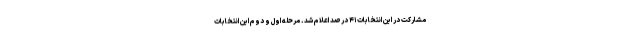
مشارکت در این انتخابات ۴۱ درصد اعلام شد. مرحله اول و دوم این انتخابات